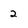
Character: 2